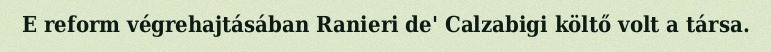
E reform végrehajtásában Ranieri de' Calzabigi költő volt a társa.